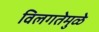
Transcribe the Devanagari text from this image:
विलगतेमुळे